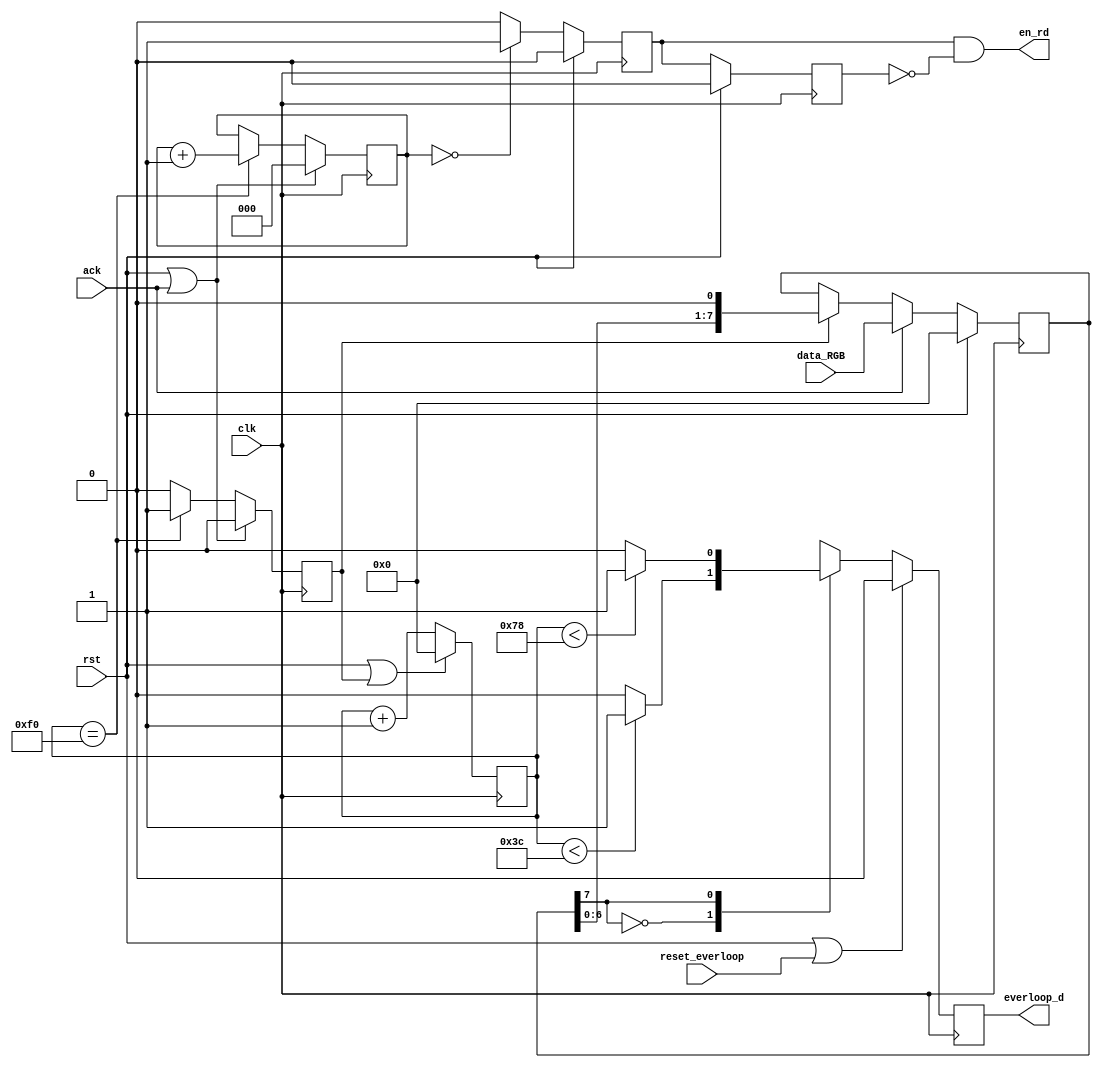
/*
 * Copyright 2016 <Admobilize>
 * MATRIX Labs  [http://creator.matrix.one]
 * This file is part of MATRIX Creator HDL for Spartan 6
 *
 * MATRIX Creator HDL is like free software: you can redistribute 
 * it and/or modify it under the terms of the GNU General Public License 
 * as published by the Free Software Foundation, either version 3 of the 
 * License, or (at your option) any later version.

 * This program is distributed in the hope that it will be useful, but 
 * WITHOUT ANY WARRANTY; without even the implied warranty of 
 * MERCHANTABILITY or FITNESS FOR A PARTICULAR PURPOSE.  See the GNU 
 * General Public License for more details.

 * You should have received a copy of the GNU General Public License along
 * with this program.  If not, see <http://www.gnu.org/licenses/>.
 */

module everloop (
  input clk,rst,
  output reg everloop_d,
  
  input [7:0] data_RGB,
  output en_rd,
  input ack,
  input reset_everloop
//  input everloop_select
);

reg [7:0]clk_cnt;
reg [2:0]data_cnt;
reg [7:0]data_register;
reg sh_e,rd_e,rd_ant;
wire s_data;


initial begin
clk_cnt = 0;
data_cnt = 0;
data_register = 0;
sh_e = 0;
rd_e = 0;
rd_ant = 0;
everloop_d=0;

end

assign s_data = data_register[7];

always @(posedge clk)
begin 
  if (rst | sh_e) begin 
    clk_cnt <= 0;
  end else begin
    clk_cnt <= clk_cnt+1;
  end
end

always @(posedge clk) begin
  if(rst | ack) begin
  sh_e <= 0;
  data_cnt <= 0;
  end else begin 
    if (clk_cnt == 8'd240) begin
      sh_e <= 1'b1;
      data_cnt <= data_cnt + 1;  
    end else begin
      sh_e <= 1'b0;
      data_cnt <= data_cnt;
    end  
  end
end

always @(posedge clk) begin
  if(rst) begin
  rd_e <= 0;
  rd_ant <= 0;
  end else begin 
    rd_ant <= rd_e;
    if (data_cnt == 3'd0 ) begin
      rd_e <= 1'b1;  
    end else begin
      rd_e <= 1'b0;
    end  
  end
end


always @(posedge clk) begin

  if(rst) begin
    data_register <= 0;
  end else begin
    if(ack) begin
      data_register <= data_RGB;
    end else begin    
      if(sh_e) begin
        data_register <= data_register << 1; 
      end else begin
        data_register <= data_register;
      end
    end
  end
  
end

assign en_rd = rd_e & ~ rd_ant;



always @(posedge clk) begin

  if(rst | reset_everloop ) begin
      everloop_d <= 0;
  end else begin
    
    case({1'b1, s_data})
      
      2'b00: begin
          if(clk_cnt < 8'd80) begin
            everloop_d <= 1;
          end else begin
            everloop_d <= 0;
          end
        end
      2'b10: begin
          if(clk_cnt < 8'd60) begin
            everloop_d <= 1;
          end else begin
            everloop_d <= 0;
          end
        end
      2'b01: begin
          if(clk_cnt < 8'd160) begin
            everloop_d <= 1;
          end else begin
            everloop_d <= 0;
          end
        end
      2'b11: begin
          if(clk_cnt < 8'd120) begin
            everloop_d <= 1;
          end else begin
            everloop_d <= 0;
          end
        end
    
    endcase
  
  end


end


endmodule